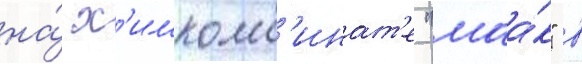
на́ х'имкомб'инат'е "маа́к" в